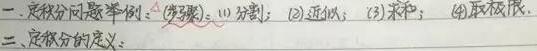
一、定积分问题举例：(步骤)：
(1) 分割；
(2) 近似；
(3) 求和；
(4) 取极限。
二、定积分的定义：